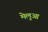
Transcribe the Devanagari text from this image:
मेलुआ